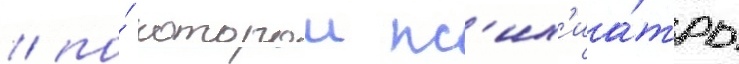
/ по́ которои пс'их'иа́тры